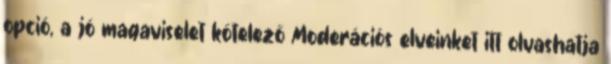
opció, a jó magaviselet kötelező Moderációs elveinket itt olvashatja